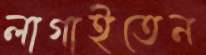
লাগাইতেন